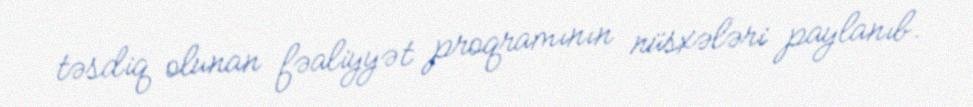
təsdiq olunan fəaliyyət proqramının nüsxələri paylanıb.